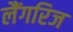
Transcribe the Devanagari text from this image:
लैंगरिज